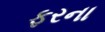
ફરના